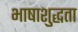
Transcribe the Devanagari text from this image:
भाषाशुद्धता